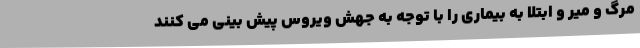
مرگ و میر و ابتلا به بیماری را با توجه به جهش ویروس پیش بینی می کنند